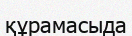
құрамасыда